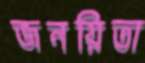
জনয়িতা